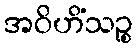
အဝိဟိံသဉ္စ